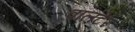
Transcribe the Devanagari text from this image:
वॉलटेर